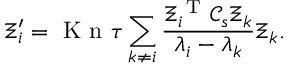
\Xi _ { i } ^ { \prime } = \ensuremath { \mathrm { ~ K ~ n ~ } } \tau \sum _ { k \neq i } \frac { \Xi _ { i } ^ { \mathrm { ~ T ~ } } \mathcal C _ { s } \Xi _ { k } } { \lambda _ { i } - \lambda _ { k } } \Xi _ { k } .